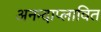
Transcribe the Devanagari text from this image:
अनन्दाप्लावित